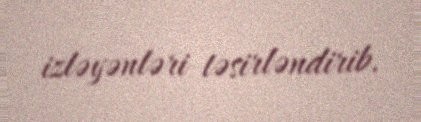
izləyənləri təsirləndirib.